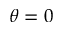
\theta = 0